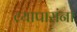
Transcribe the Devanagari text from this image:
व्यापारांना